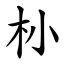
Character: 㭂